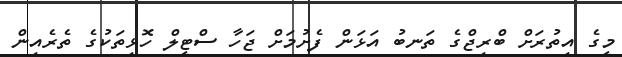
މީގެ އިތުރަށް ބްރިޖްގެ ތަނބު އަޅަން ފެށުމަށް ޖަހާ ސްޓީލް ހޮޅިތަކުގެ ތެރެއިން